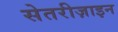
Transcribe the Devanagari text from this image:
सेतरीज़ाइन